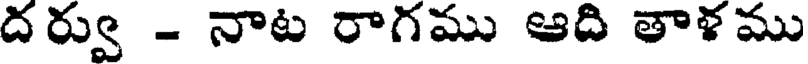
దర్వు - నాట రాగము ఆది తాళము